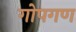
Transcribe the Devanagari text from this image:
गोपगण